Report on vaccination in the Province of Bengal - 1874-1889
Year: 1874
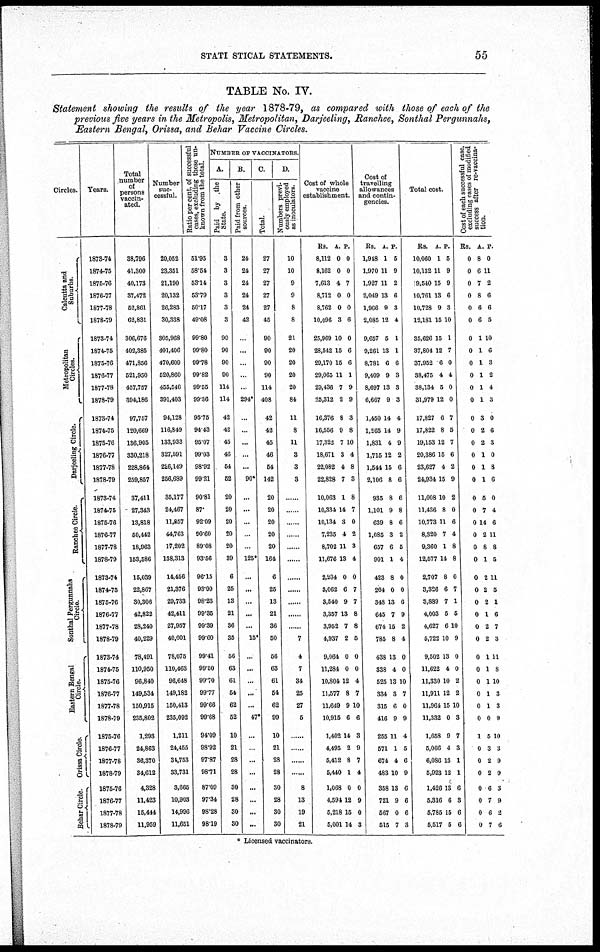
STATISTICAL STATEMENTS.
55
TABLE No. IV.
Statement showing the results of the year 1878-79, as compared with those of each of the
previous five years in the Metropolis, Metropolitan, Darjeeling, Ranchee, Sonthal Pergunnahs,
Eastern Bengal, Orissa, and Behar Vaccine Circles.
Circles
Calcutta and
Suburbs.
Metropolitan
Circles.
Darjeeling Circle.
Ranchee Circle.
Sonthal Pergunnahs
Circle.
Eastern Bengal
Circle.
Orissa Circle.
Behar Circle.
Tears.
1873-74
1874-75
1875-76
1876-77
1877-78
1878-79
1873-74
1874-75
1875-76
1876-77
1877-78
1878-79
1873-74
1874-75
1875-76
1876-77
1877-78
1878-79
1873-74
1874-75
1875-76
1876-77
1877-78
1878-79
1873-74
1874-75
1875-76
1876-77
1877-78
1878-79
1873-74
1874-75
1875-76
1876-77
1877-78
1878-79
1875-76
1876-77
1877-78
1878-79
1875-76
1876-77
1877-78
1878-79
Total
number
of
persons
vaccin-
ated.
38,796
41,300
40,173
37,472
52,861
62,831
306,676
402,386
471,866
621,950
457,757
394,186
97,757
120,669
136,905
330,218
228,864
259,867
37,411
27,343
13,818
50,442
18,963
153,586
15,039
22,867
30,306
42,822
28,240
40,229
78,491
110,950
96,840
149,534
150,915
235,802
1,293
24,863
36,370
34,612
4,328
11,423
15,444
11,959
Number
suc-
cessful.
20,052
23,351
21,190
20,132
26,283
30,338
305,968
401,406
470,609
520,860
455,546
391,403
94,128
116,849
133,933
327,591
286,149
256,689
35,177
24,467
11,857
44,763
17,202
138,313
14,456
21,376
29,733
42,411
27,957
40,001
78,075
110,463
96,648
149,182
150,413
235,092
1,211
24,455
34,753
33,731
3,665
10,903
14,996
11,651
Ratio per cent. of successful
cases, excluding those un-
known from the total.
51.95
58.54
53.14
53.79
50.17
49.08
99.80
99.80
99.78
99.82
99.55
99.36
95.75
94.43
95.07
99.03
98.92
99.21
90.81
87.
92.09
90.60
89.08
93.56
96.15
93.99
98.23
99.35
99.39
99.60
99.41
99.50
99.70
99.77
99.66
99.68
94.09
98.92
97.87
98.71
87.09
97.34
98.28
98.19
NUMBER OF VACCINATORS.
A.
Paid by the
State.
3
3
3
3
3
3
90
90
90
90
114
114
42
42
45
46
54
52
20
20
20
20
20
39
6
25
13
21
36
35
56
63
61
54
62
52
10
21
28
28
30
28
30
30
B.
Paid from other
sources.
24
24
24
24
24
42
...
...
...
...
...
294*
...
...
...
...
...
90*
...
...
...
...
...
125*
...
...
...
...
...
15*
...
...
...
...
...
47*
...
...
...
...
...
...
...
...
C.
Total.
27
27
27
27
27
45
90
90
90
90
114
408
42
42
45
46
54
142
20
20
20
20
20
164
6
25
13
21
36
50
56
63
61
54
62
99
10
21
28
28
30
28
30
30
D.
Numbers previ-
ously employed
as inoculators.
10
10
9
9
8
8
21
20
20
20
20
84
11
8
11
3
3
3
......
......
......
......
......
......
......
......
......
......
......
7
4
7
34
25
27
5
......
......
......
......
8
13
19
21
Cost of whole
vaccine
establishment.
Rs.
8,112
8,162
7,613
8,712
8,762
10,096
25,969
28,542
29,170
29,065
29,436
25,312
16,376
16,556
17,322
18,671
22,082
22,828
10,063
10,334
10,134
7,235
8,702
11,676
2,234
3,062
3,540
3,357
3,952
4,937
9,064
11,284
10,804
11,577
11,649
10,915
1,402
4,495
5,412
5,440
1,068
4,594
5,218
5,001
A.
0
0
4
0
0
3
10
15
15
11
7
2
8
9
7
3
4
7
1
14
3
4
11
13
0
6
9
13
7
2
0
0
12
8
9
6
14
2
8
1
0
12
15
14
P.
0
0
7
0
0
6
0
6
6
1
9
9
3
8
10
4
8
3
8
7
0
2
3
4
0
7
7
8
8
5
0
0
4
7
10
6
3
9
7
4
0
9
0
3
Cost of
travelling
allowances
and contin-
gencies.
Rs.
1,948
1,970
1,927
2,049
1,966
2,085
9,657
9,261
8,781
9,409
8,697
6,667
1,450
1,265
1,831
1,715
1,544
2,106
935
1,101
639
1,085
657
901
423
264
348
645
674
785
438
338
525
334
315
416
255
571
674
483
358
721
567
515
A.
1
11
11
13
9
12
5
13
6
9
13
9
14
14
4
12
15
8
8
9
8
3
6
1
8
0
13
7
15
8
13
4
13
3
6
9
11
1
4
10
13
9
0
7
P.
5
9
2
6
3
4
1
1
6
3
3
3
4
9
9
2
6
6
6
8
6
2
5
4
0
0
6
9
2
4
0
0
10
7
0
9
4
6
6
9
6
6
6
3
Total cost.
Rs.
10,060
10,132
9,540
10,761
10,728
12,181
35,626
37,804
37,952
38,475
38,134
31,979
17,827
17,822
19,153
20,386
23,627
24,934
11,008
11,436
10,773
8,320
9,360
12,577
2,707
3,326
3,889
4,003
4,627
5,722
9,502
11,622
11,330
11,911
11,964
11,332
1,658
5,066
6,086
5,923
1,426
5,316
5,785
5,517
A
1
11
15
13
9
15
15
12
6
4
5
12
6
8
12
15
4
15
10
8
11
7
1
14
8
6
7
5
6
10
13
4
10
12
15
0
9
4
13
12
13
6
15
5
P.
5
9
9
6
3
10
1
7
0
4
0
0
7
5
7
6
2
9
2
0
6
4
8
8
0
7
1
5
10
9
0
0
2
2
10
3
7
3
1
1
6
3
6
6
Cost of each successful case,
excluding cases of modified
success after re-vaccina¬
tion.
Rs.
0
0
0
0
0
0
0
0
0
0
0
0
0
0
0
0
0
0
0
0
0
0
0
0
0
0
0
0
0
0
0
0
0
0
0
0
1
0
0
0
0
0
0
0
A.
8
6
7
8
6
6
1
1
1
1
1
1
3
2
2
1
1
1
5
7
14
2
8
1
2
2
2
1
2
2
1
1
1
1
1
0
5
3
2
2
6
7
6
7
P.
0
11
2
6
6
5
10
6
3
2
4
3
0
6
3
0
8
6
0
4
6
11
8
5
11
5
1
6
7
3
11
8
10
3
3
9
10
3
9
9
3
9
2
6
* Licensed vaccinators.